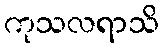
ကုသလရာသိ